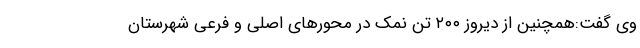
وی گفت:همچنین از دیروز ۲۰۰ تن نمک در محورهای اصلی و فرعی شهرستان